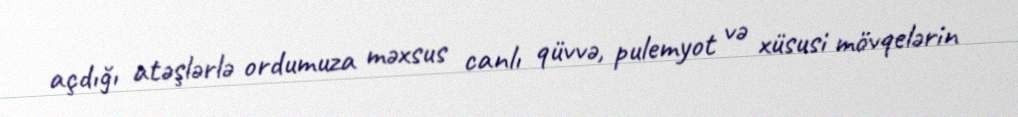
açdığı atəşlərlə ordumuza məxsus canlı qüvvə, pulemyot və xüsusi mövqelərin